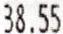
38.55